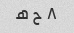
۸ ح ه